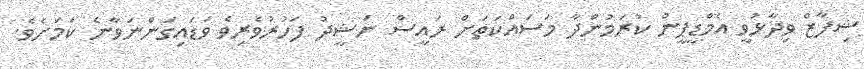
ޝިފާޒް ވިދާޅުވީ އެމްޑީޕީން ކުރަމުންދާ މަސައްކަތަށް ރައީސް ނަޝީދު ފަހުރުވެރިވެ ވަޑައިގަންނަވާނެ ކަމަށެވެ.